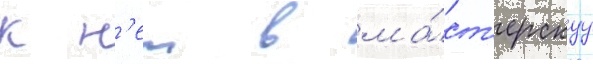
к н'еи в ма́ст'ерскуу